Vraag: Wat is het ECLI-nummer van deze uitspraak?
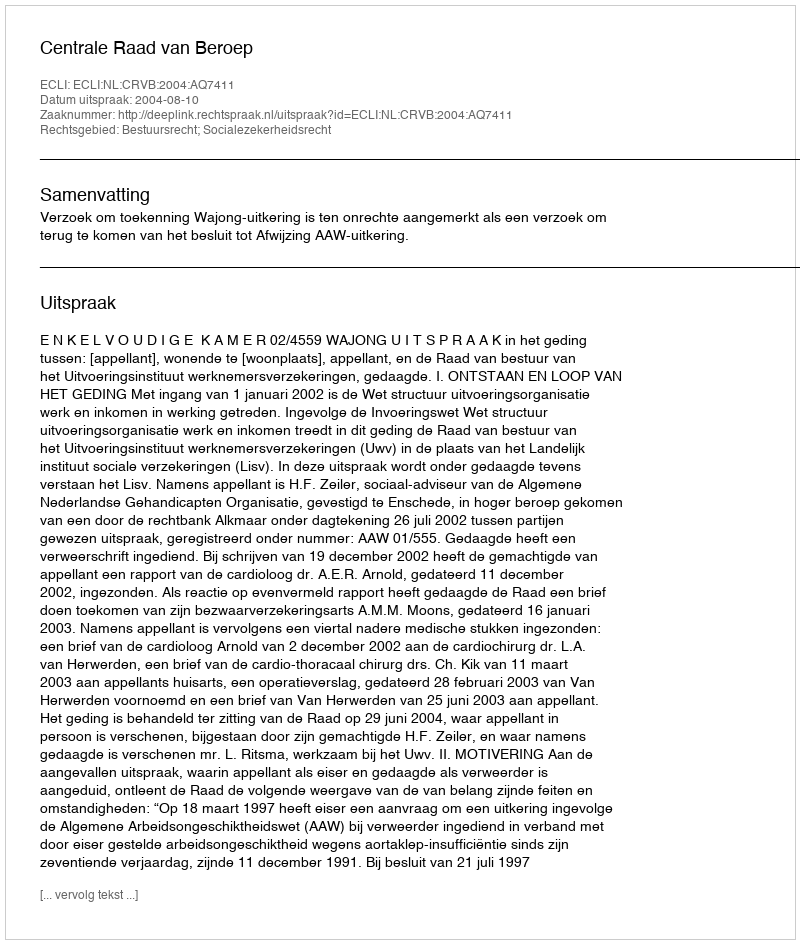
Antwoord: ECLI:NL:CRVB:2004:AQ7411